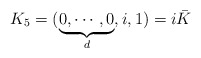
\begin{align*}K_{5}=(\underbrace{0,\cdots ,0}_{d},i,1)=i\bar{K}\end{align*}